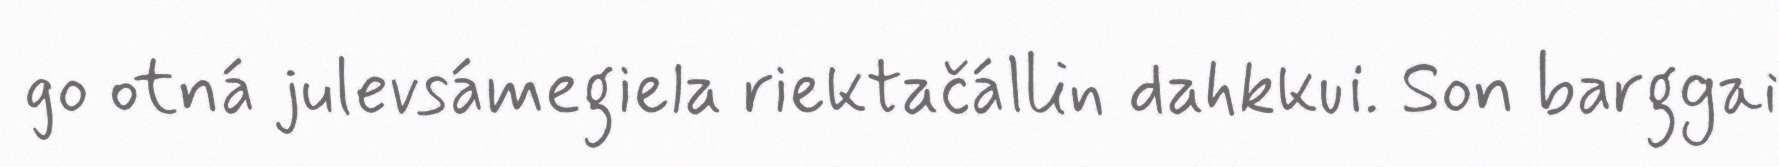
go otná julevsámegiela riektačállin dahkkui. Son barggai